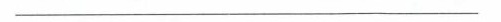
___